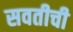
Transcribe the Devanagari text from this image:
सवतीची